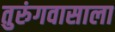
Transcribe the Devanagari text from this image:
तुरुंगवासाला